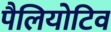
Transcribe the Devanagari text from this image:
पैलियोटिव